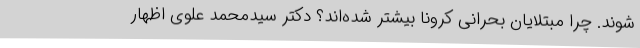
شوند. چرا مبتلایان بحرانی کرونا بیشتر شده‌اند؟ دکتر سیدمحمد علوی اظهار